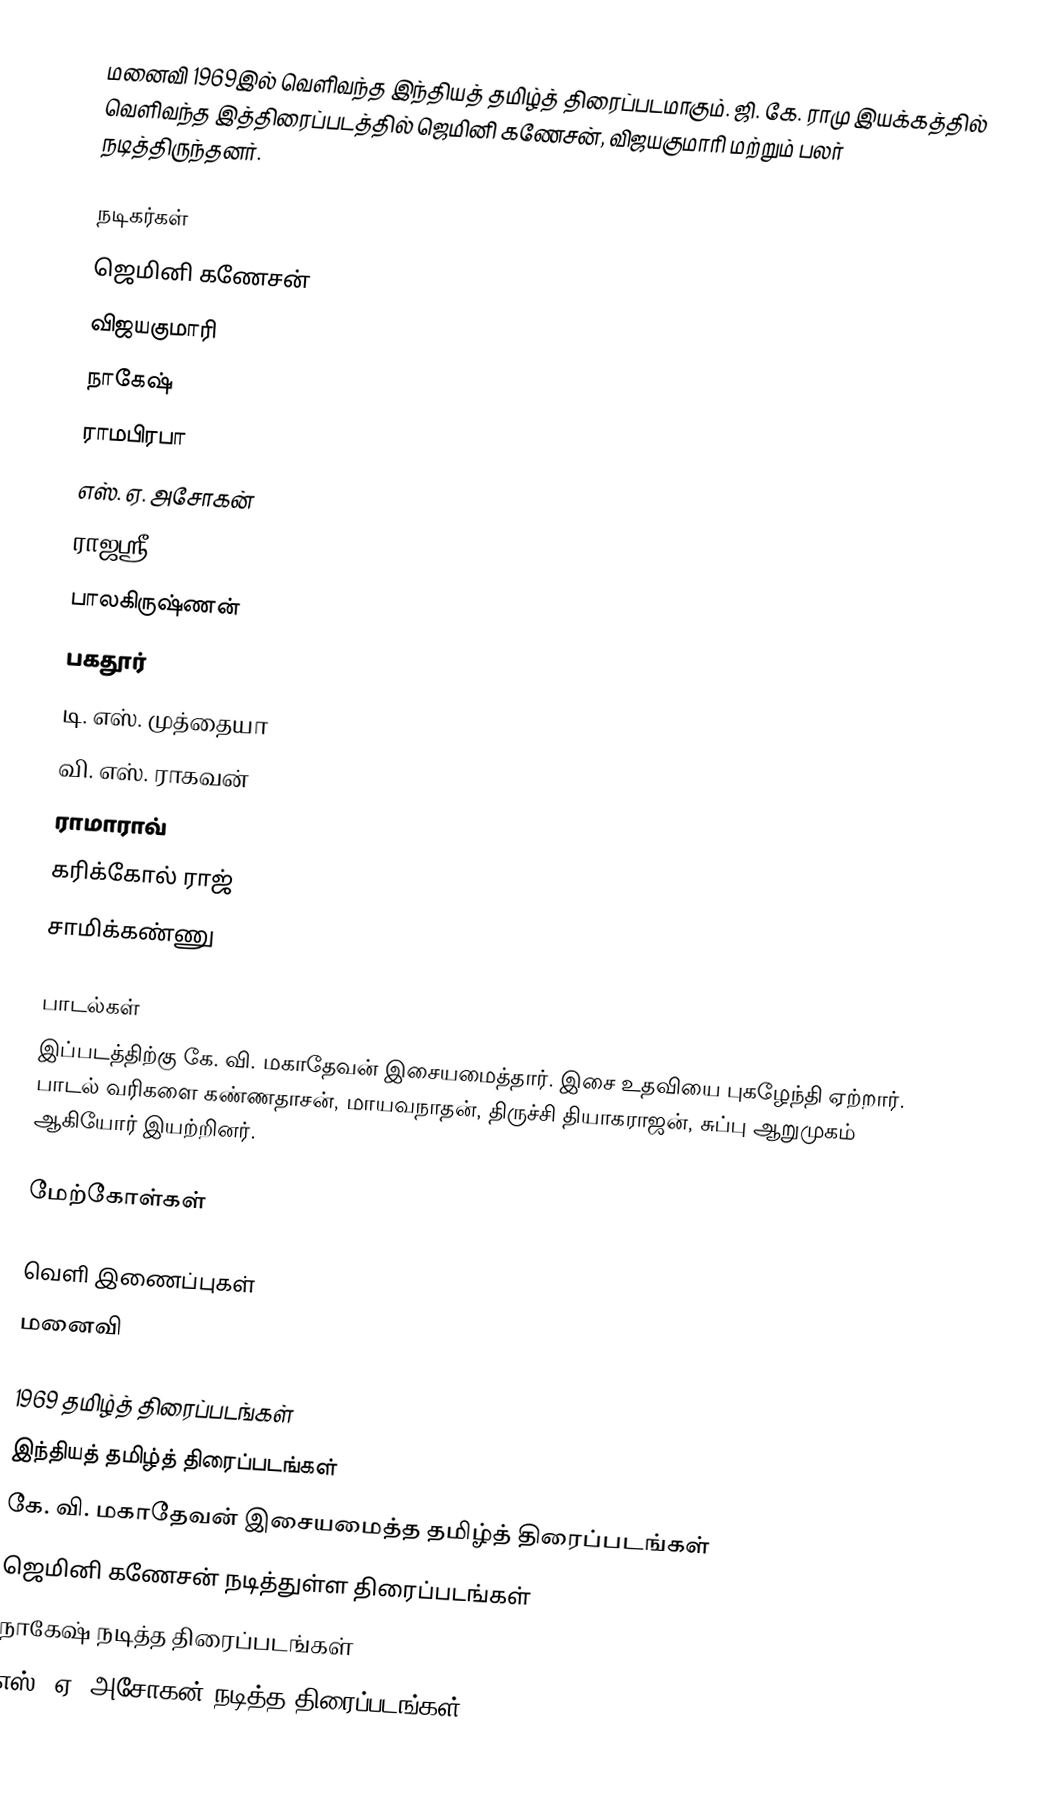
மனைவி 1969இல் வெளிவந்த இந்தியத் தமிழ்த் திரைப்படமாகும். ஜி. கே. ராமு இயக்கத்தில் வெளிவந்த இத்திரைப்படத்தில் ஜெமினி கணேசன், விஜயகுமாரி மற்றும் பலர் நடித்திருந்தனர்.

நடிகர்கள்
 ஜெமினி கணேசன்
 விஜயகுமாரி
 நாகேஷ்
 ராமபிரபா
 எஸ். ஏ. அசோகன்
 ராஜஸ்ரீ
 பாலகிருஷ்ணன்
 பகதூர்
 டி. எஸ். முத்தையா
 வி. எஸ். ராகவன்
 ராமாராவ்
 கரிக்கோல் ராஜ்
 சாமிக்கண்ணு

பாடல்கள்
இப்படத்திற்கு கே. வி. மகாதேவன் இசையமைத்தார். இசை உதவியை புகழேந்தி ஏற்றார். பாடல் வரிகளை கண்ணதாசன், மாயவநாதன், திருச்சி தியாகராஜன், சுப்பு ஆறுமுகம் ஆகியோர் இயற்றினர்.

மேற்கோள்கள்

வெளி இணைப்புகள்
மனைவி

1969 தமிழ்த் திரைப்படங்கள்
இந்தியத் தமிழ்த் திரைப்படங்கள்
கே. வி. மகாதேவன் இசையமைத்த தமிழ்த் திரைப்படங்கள்
ஜெமினி கணேசன் நடித்துள்ள திரைப்படங்கள்
நாகேஷ் நடித்த திரைப்படங்கள்
எஸ். ஏ. அசோகன் நடித்த திரைப்படங்கள்